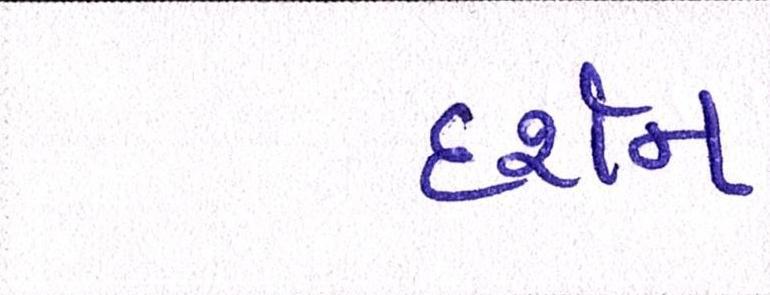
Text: દર્શન